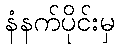
နံနက်ပိုင်းမှ